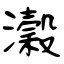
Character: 濲